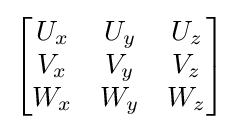
{\begin{bmatrix}U_{x}&U_{y}&U_{z}\\V_{x}&V_{y}&V_{z}\\W_{x}&W_{y}&W_{z}\\\end{bmatrix}}